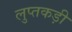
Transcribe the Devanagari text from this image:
लुप्तकड़ी